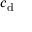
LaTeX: c _ { \mathrm { d } }